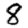
Digit: 8